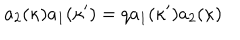
a _ { 2 } ( \kappa ) a _ { 1 } ( \kappa ^ { \prime } ) = q a _ { 1 } ( \kappa ^ { \prime } ) a _ { 2 } ( \kappa )